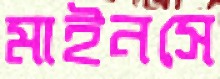
মাইনসে